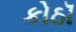
કોઠૉ